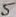
Text: 5